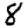
Digit: 8